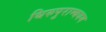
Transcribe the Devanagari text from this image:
थिरुपुराम्बयम